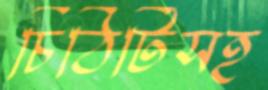
চিঠিটিসহ